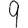
Digit: 9